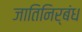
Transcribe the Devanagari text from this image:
जातिनिर्बंध